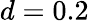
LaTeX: d=0.2